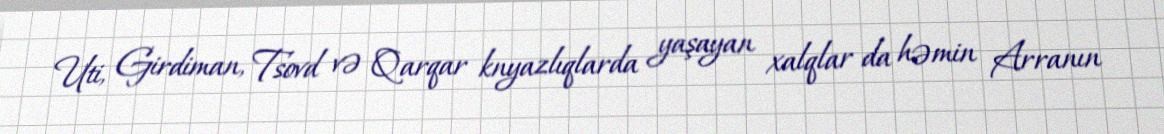
Uti, Girdiman, Tsovd və Qarqar knyazlıqlarda yaşayan xalqlar da həmin Arranın